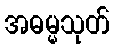
အဓမ္မသုတ်